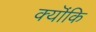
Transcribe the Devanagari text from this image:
क्यॊंकि